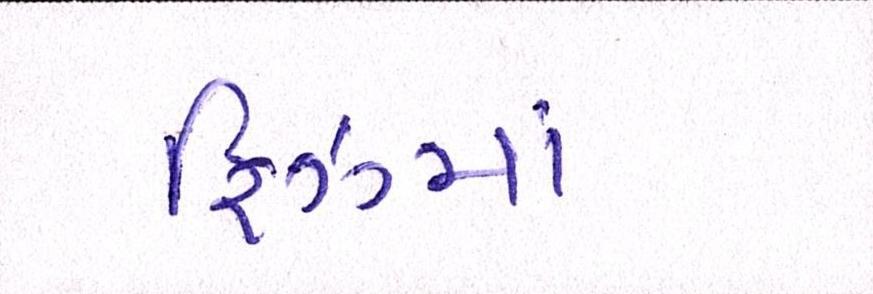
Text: ફ્રિઝમાં